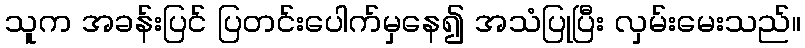
သူက အခန်းပြင် ပြတင်းပေါက်မှနေ၍ အသံပြုပြီး လှမ်းမေးသည်။